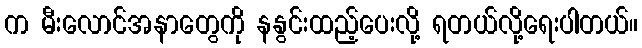
က မီးလောင်အနာတွေကို နနွင်းထည့်ပေးလို့ ရတယ်လို့ရေးပါတယ်။